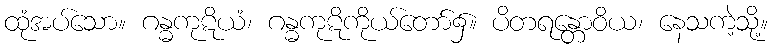
ထုံအပ်သော။ ဂန္ဓကုဋိယံ၊ ဂန္ဓကုဋိကိုယ်တော်၌။ ပိတရန္တောဝိယ၊ နေသကဲ့သို့။